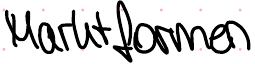
Marktformen